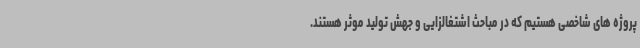
پروژه های شاخصی هستیم که در مباحث اشتغالزایی و جهش تولید موثر هستند.